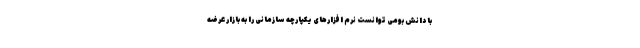
با دانش بومی توانست نرم افزارهای یکپارچه سازمانی را به بازار عرضه